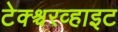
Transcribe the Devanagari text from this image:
टेक्श्चरव्हाइट